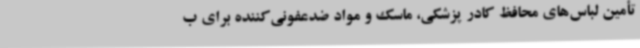
تأمین لباس‌های محافظ کادر پزشکی، ماسک و مواد ضدعفونی‌کننده برای ب